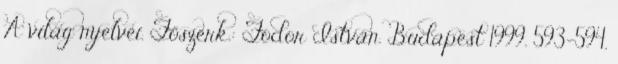
A világ nyelvei. Főszerk.: Fodor István. Budapest 1999. 593-594.